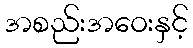
အစည်းအဝေးနှင့်